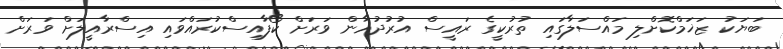
ބަޔަކު ޒަޚަމްކޮށްލި މައްސަލާގައި ތުރުކީގެ ރައީސް އުރުދުޣާން ވަރަށް ކޯފާއިސްކުރައްވައި އިސްރާއީލަށް ވަރަށް